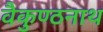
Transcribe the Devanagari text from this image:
वैकुण्ठनाथ